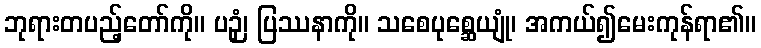
ဘုရားတပည့်တော်ကို။ ပဉှံ၊ ပြဿနာကို။ သစေပုစ္ဆေယျုံ၊ အကယ်၍မေးကုန်ရာ၏။